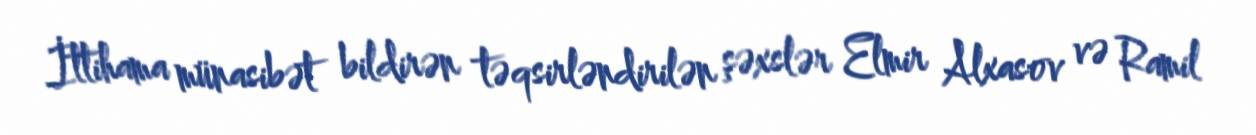
İttihama münasibət bildirən təqsirləndirilən şəxslər Elmir Alxasov və Ramil